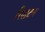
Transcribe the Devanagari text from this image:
रिशटन